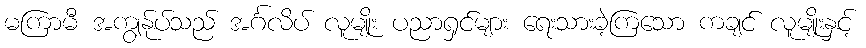
မကြာမီ အကျွန်ုပ်သည် အင်္ဂလိပ် လူမျိုး ပညာရှင်များ ရေးသားခဲ့ကြသော ကချင် လူမျိုးနှင့်